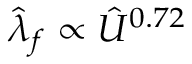
\hat { \lambda } _ { f } \propto \hat { U } ^ { 0 . 7 2 }